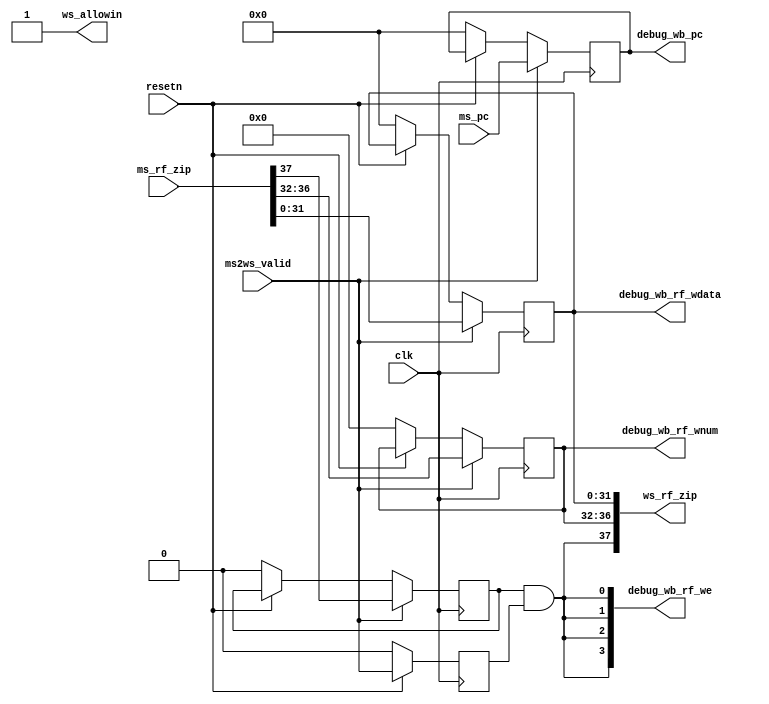
module WBreg(
    input  wire        clk,
    input  wire        resetn,
    // mem and ws state interface
    output wire        ws_allowin,
    input  wire [37:0] ms_rf_zip, // {ms_rf_we, ms_rf_waddr, ms_rf_wdata}
    input  wire        ms2ws_valid,
    input  wire [31:0] ms_pc,    
    // trace debug interface
    output wire [31:0] debug_wb_pc,
    output wire [ 3:0] debug_wb_rf_we,
    output wire [ 4:0] debug_wb_rf_wnum,
    output wire [31:0] debug_wb_rf_wdata,
    // id and ws state interface
    output wire [37:0] ws_rf_zip  // {ws_rf_we, ws_rf_waddr, ws_rf_wdata}
);
    
    wire        ws_ready_go;
    reg         ws_valid;
    reg  [31:0] ws_pc;
    reg  [31:0] ws_rf_wdata;
    reg  [4 :0] ws_rf_waddr;
    reg         ws_rf_we;
//------------------------------state control signal---------------------------------------

    assign ws_ready_go      = 1'b1;
    assign ws_allowin       = ~ws_valid | ws_ready_go ;     
    always @(posedge clk) begin
        if(~resetn)
            ws_valid <= 1'b0;
        else if(ws_allowin)
            ws_valid <= ms2ws_valid; 
    end

//------------------------------mem and ws state interface---------------------------------------
    always @(posedge clk) begin
        if(~resetn) begin
            ws_pc <= 32'b0;
            {ws_rf_we, ws_rf_waddr, ws_rf_wdata} <= 38'b0;
        end
        if(ms2ws_valid & ws_allowin) begin
            ws_pc <= ms_pc;
            {ws_rf_we, ws_rf_waddr, ws_rf_wdata} <= ms_rf_zip;
        end
    end

//------------------------------id and ws state interface---------------------------------------
    assign ws_rf_zip = {ws_rf_we & ws_valid, ws_rf_waddr, ws_rf_wdata};
//------------------------------trace debug interface---------------------------------------
    assign debug_wb_pc = ws_pc;
    assign debug_wb_rf_wdata = ws_rf_wdata;
    assign debug_wb_rf_we = {4{ws_rf_we & ws_valid}};
    assign debug_wb_rf_wnum = ws_rf_waddr;
endmodule